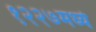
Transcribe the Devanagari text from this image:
१२२७मध्ये